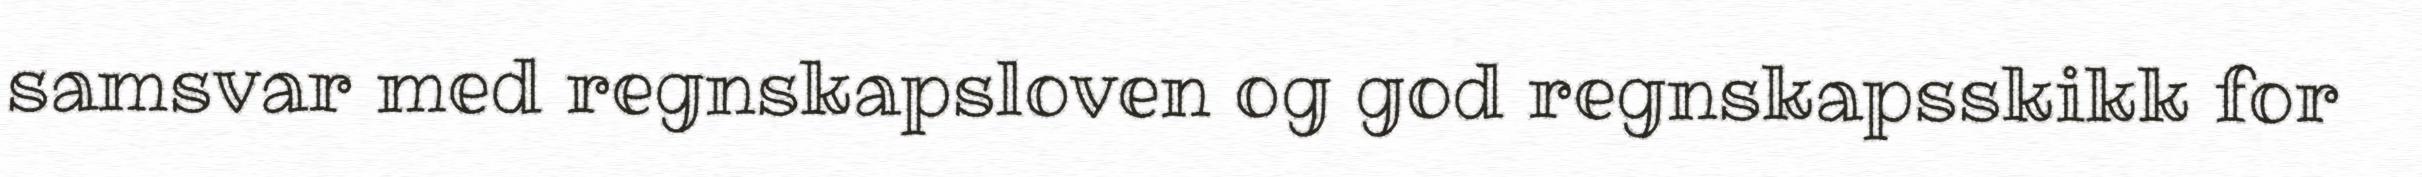
samsvar med regnskapsloven og god regnskapsskikk for